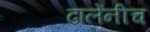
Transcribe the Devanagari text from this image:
ढालेंनीच